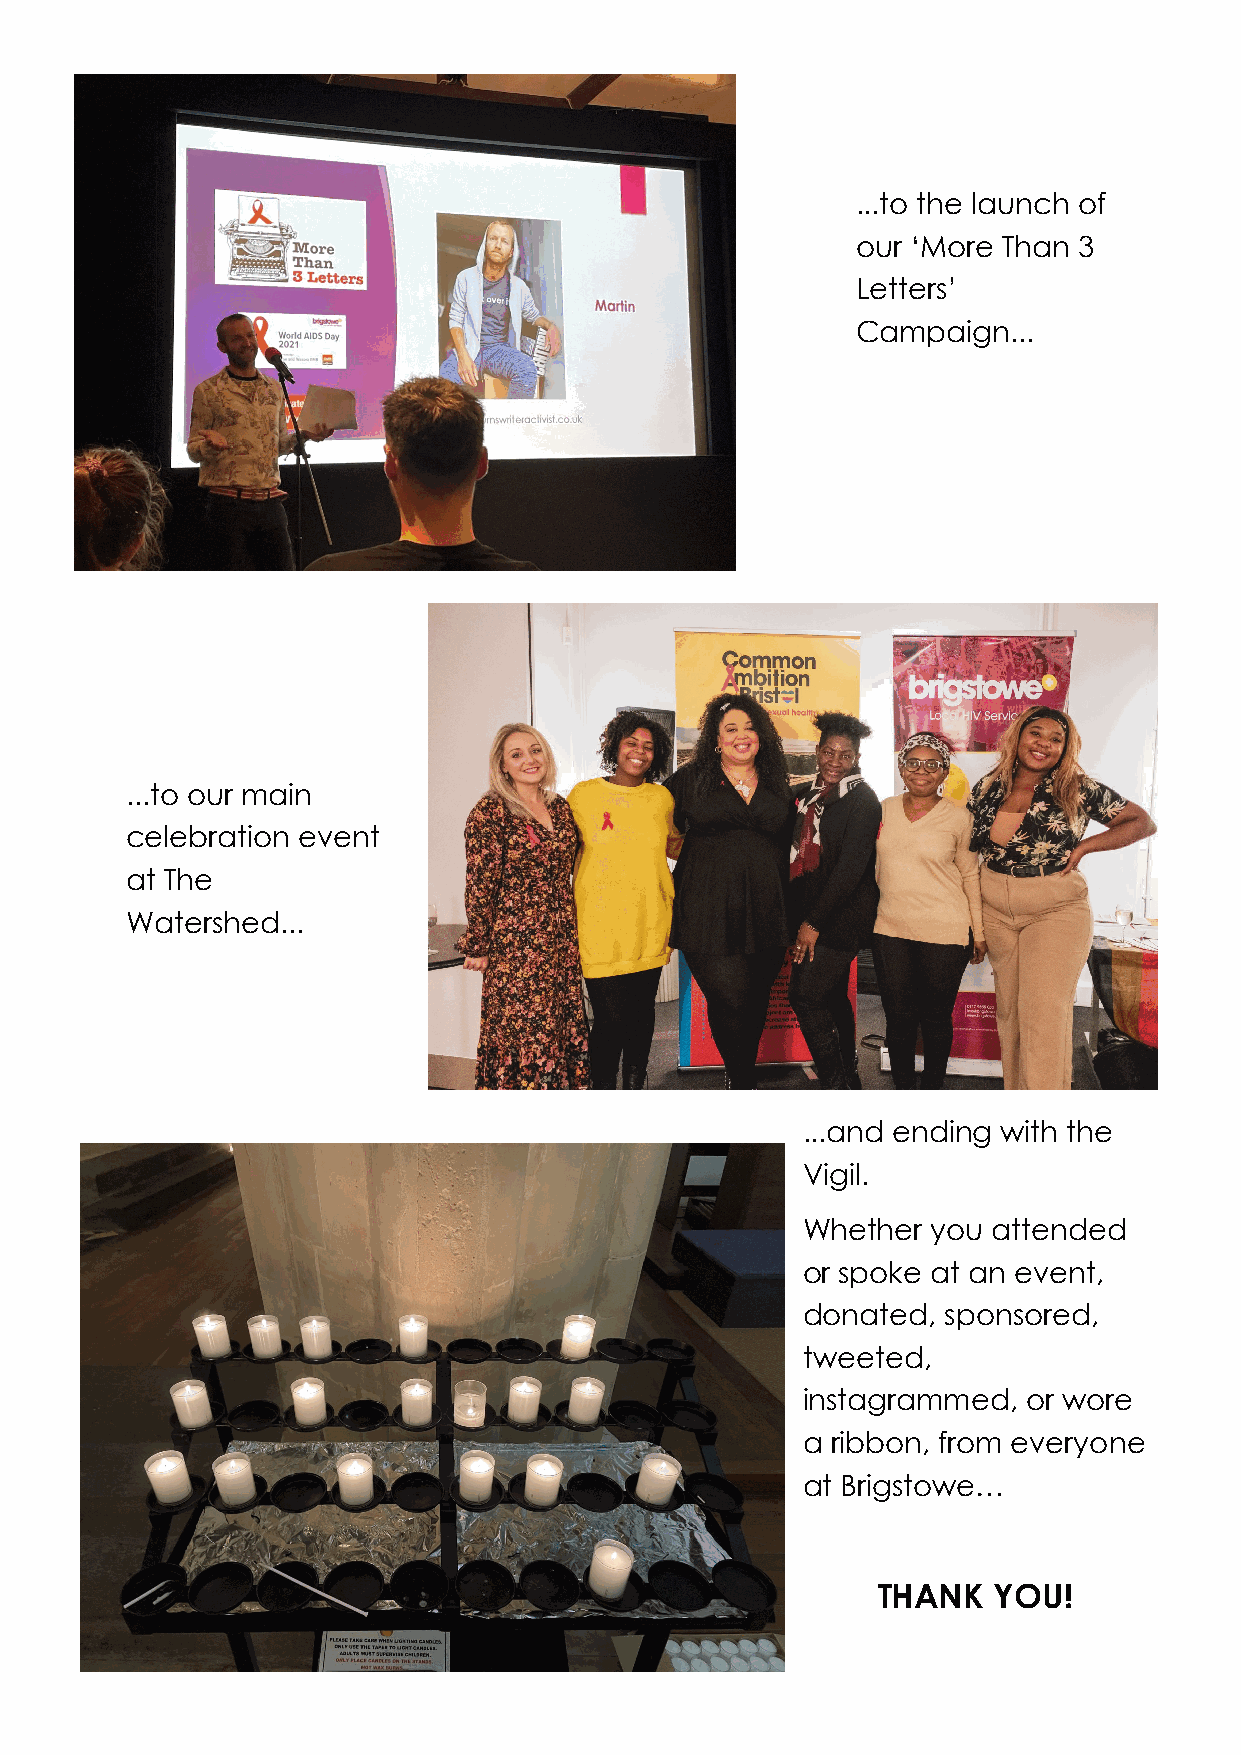
...to the launch of
 our ‘More Than 3
 Letters’
 Campaign...
 ...to our main
 celebration event
 at The
 Watershed...
 ...and ending with the
 Vigil.
 Whether  you attended
 or spoke at an event,
 donated, sponsored,
 tweeted,
 instagrammed,  or wore
 a ribbon, from everyone
 at Brigstowe…
 THANK   YOU!